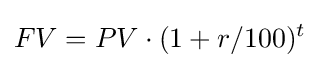
FV=PV\cdot (1+r/100)^{t}